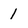
Character: 1